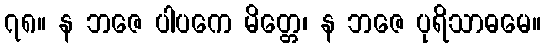
၇၈။ န ဘဇေ ပါပကေ မိတ္တေ၊ န ဘဇေ ပုရိသာဓမေ။